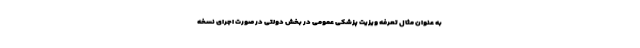
به عنوان مثال تعرفه ویزیت پزشکی عمومی در بخش دولتی در صورت اجرای نسخه